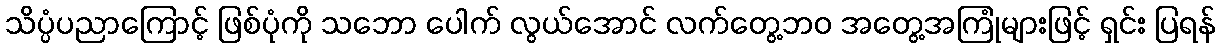
သိပ္ပံပညာကြောင့် ဖြစ်ပုံကို သဘော ပေါက် လွယ်အောင် လက်တွေ့ဘဝ အတွေ့အကြုံများဖြင့် ရှင်း ပြရန်